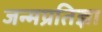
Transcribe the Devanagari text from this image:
जन्मप्रतिज्ञा